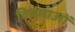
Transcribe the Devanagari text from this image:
विषमाओं